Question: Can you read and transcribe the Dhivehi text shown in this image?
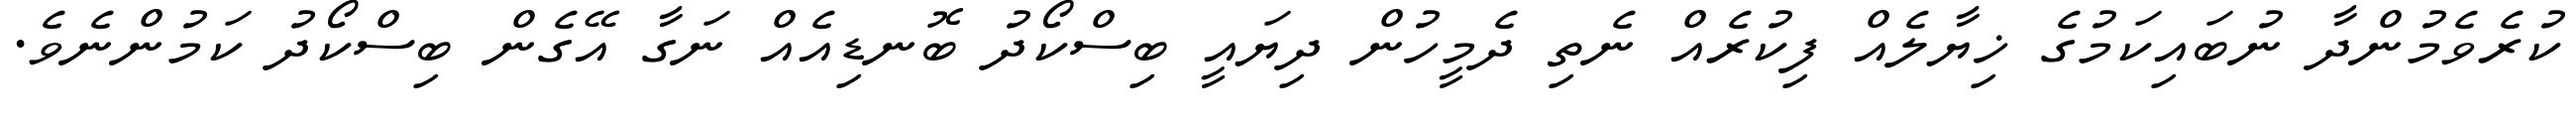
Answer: ކުރެވެމުންދާ ނުބައިކަމުގެ ޚިޔާލެއް ފިކުރެއް ނެތި ދެމީހުން ދިޔައީ ބިސްކޯދު ބޮނޑިއެއް ނަގާ އޭގެން ބިސްކޯދު ކަމުންނެވެ.